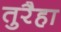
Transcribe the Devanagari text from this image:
तुरैहा